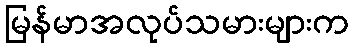
မြန်မာအလုပ်သမားများက